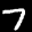
Label: 7